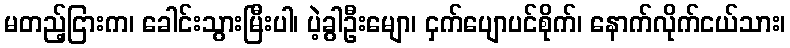
မတည့်ငြားက၊ ခေါင်းသွားမြီးပါ၊ ပဲ့ခွါဦးမျော၊ ငှက်ပျောပင်စိုက်၊ နောက်လိုက်ငယ်သား၊